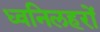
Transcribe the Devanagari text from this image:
ध्वनिलहरों